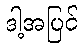
ဒါ့အပြင်